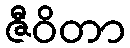
ဇီဝိတာ